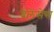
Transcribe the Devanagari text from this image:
बेलेंसेस